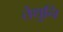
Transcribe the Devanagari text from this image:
तेथुनि